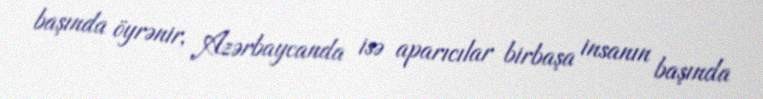
başında öyrənir, Azərbaycanda isə aparıcılar birbaşa insanın başında